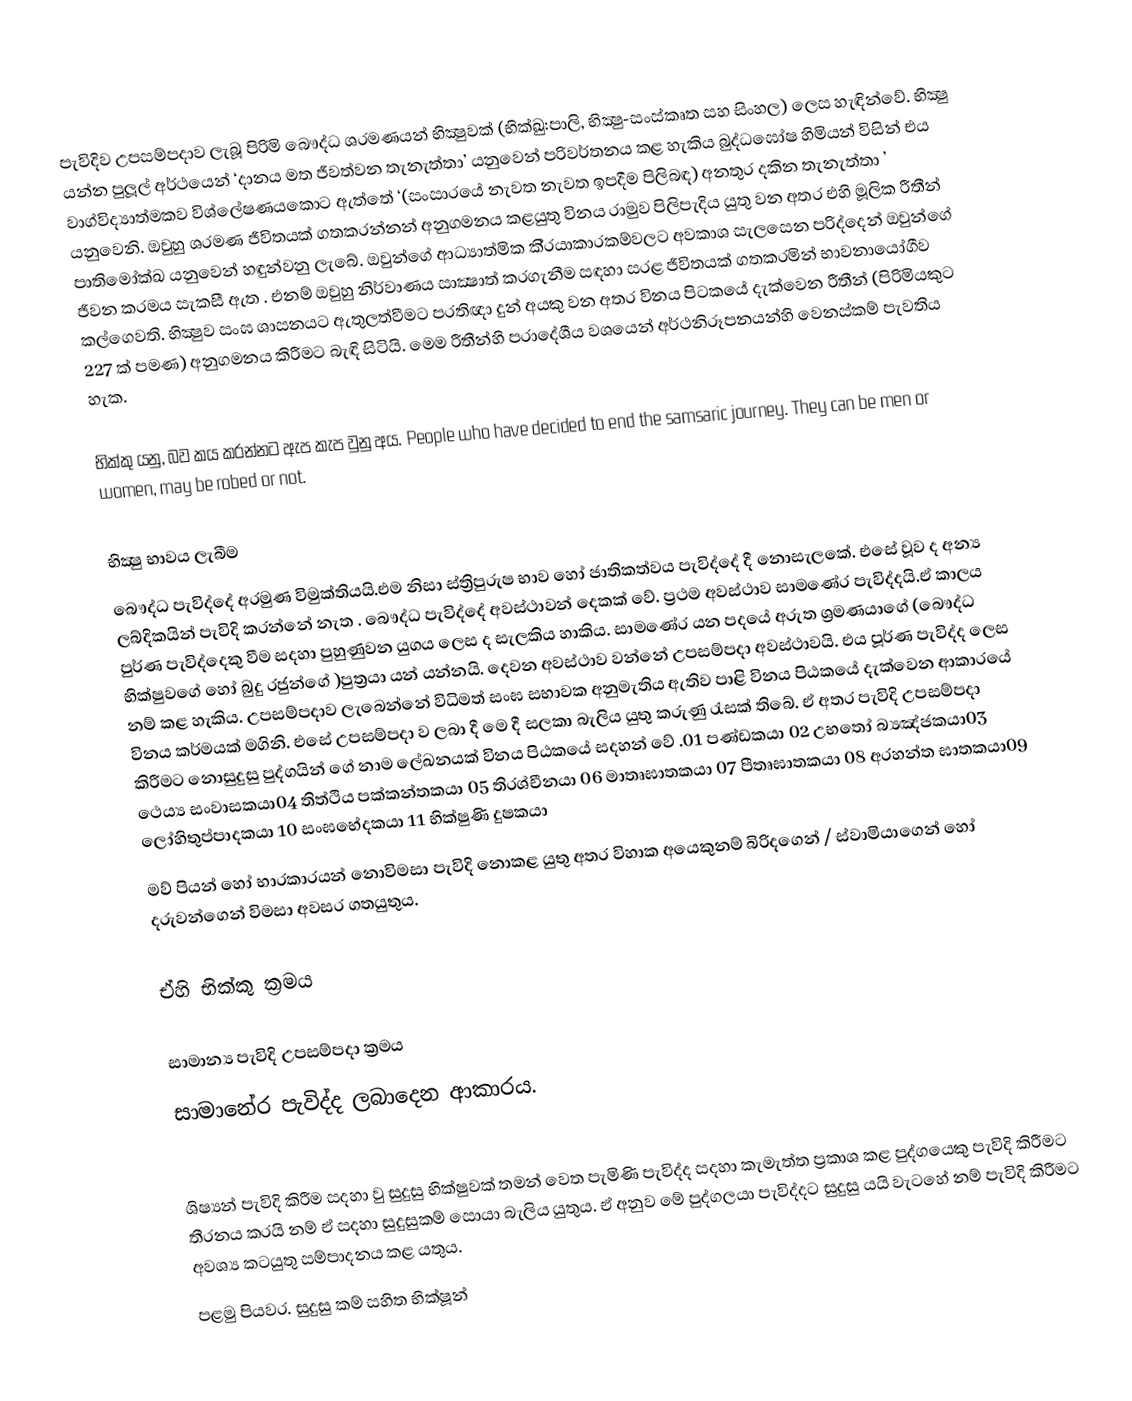
පැවිදිව උපසම්පදාව ලැබූ  පිරිමි බෞද්ධ ශ‍්‍රමණයන් භික්‍ෂුවක් (භික්ඛු:පාලි,  භික්‍ෂු-සංස්කෘත සහ සිංහල) ලෙස හැඳින්වේ. භික්‍ෂු යන්න පුලූල් අර්ථයෙන් ‘දානය මත ජීවත්වන තැනැත්තා’ යනුවෙන් පරිවර්තනය කළ හැකිය බුද්ධඝෝෂ හිමියන් විසින් එය වාග්විද්‍යාත්මකව විශ්ලේෂණයකොට ඇත්තේ ‘(සංසාරයේ නැවත නැවත ඉපදීම පිලිබඳ) අනතුර දකින තැනැත්තා ’ යනුවෙනි. ඔවුහු ශ‍්‍රමණ ජීවිතයක් ගතකරන්නන් අනුගමනය කළයුතු විනය රාමුව පිලිපැදිය යුතු වන අතර එහි මූලික රීතීන් පාතිමෝක්ඛ යනුවෙන් හඳුන්වනු ලැබේ. ඔවුන්ගේ ආධ්‍යාත්මික කි‍්‍රයාකාරකම්වලට අවකාශ සැලසෙන පරිද්දෙන් ඔවුන්ගේ ජීවන ක‍්‍රමය සැකසී ඇත . එනම් ඔවුහු නිර්වාණය සාක්‍ෂාත් කරගැනීම සඳහා සරළ ජීවිතයක් ගතකරමින් භාවනායෝගීව කල්ගෙවති. භික්‍ෂුව සංඝ ශාසනයට ඇතුලත්වීමට ප‍්‍රතිඥා දුන් අයකු වන අතර විනය පිටකයේ දැක්වෙන රීතීන් (පිරිමියකුට 227 ක් පමණ) අනුගමනය කිරීමට බැඳි සිටියි. මෙම රීතීන්හි ප‍්‍රාදේශීය වශයෙන් අර්ථනිරූපනයන්හි වෙනස්කම් පැවතිය හැක.

භික්කු යනු, බව කය කරන්නට ඇප කැප වුනු අය. People who have decided to end the samsaric journey. They can be men or women, may be robed or not.

භික්‍ෂු භාවය ලැබීම
බෞද්ධ පැවිද්දේ අරමුණ විමුක්තියයි.එම නිසා ස්ත්‍රිපුරුෂ භාව හෝ ජාතිකත්වය  පැවිද්දේ දී නොසැලකේ. එසේ වූව ද අන්‍ය ලබ්දිකයින් පැවිදි කරන්නේ නැත . බෞද්ධ පැවිද්දේ අවස්ථාවන් දෙකක් වේ. ප්‍රථම අවස්ථාව සාමණේර පැවිද්දයි.ඒ  කාලය පුර්ණ පැවිද්දෙකු වීම සදහා පුහුණුවන යුගය ලෙස ද සැලකිය හාකිය. සාමණේර  යන පදයේ අරුත ශ්‍රමණයාගේ (බෞද්ධ භික්ෂුවගේ හෝ බුදු රජුන්ගේ )පුත්‍රයා යන් යන්නයි.  දෙවන අවස්ථාව වන්නේ උපසම්පදා  අවස්ථාවයි. එය පූර්ණ පැවිද්ද ලෙස නම් කළ හැකිය. උපසම්පදාව ලැබෙන්නේ විධිමත් සංඝ සභාවක අනුමැතිය ඇතිව  පාළි විනය පිඨකයේ දැක්වෙන ආකාරයේ විනය කර්මයක් මගිනි. එසේ උපසම්පදා ව ලබා දී මෙ දී සලකා බැලිය යුතු කරුණු රැසක් තිබේ. ඒ අතර පැවිදි උපසම්පදා  කිරීමට නොසුදුසු පුද්ගයින් ගේ නාම ලේඛනයක්  විනය පිඨකයේ සදහන් වේ .01 පණ්ඩකයා 02 උභතෝ බ්‍යඤ්ජකයා03 ථෙය්‍ය සංවාසකයා04 තිත්ථිය පක්කන්තකයා 05    තිරශ්චීනයා 06 මාතෘඝාතකයා 07  පීතෘඝාතකයා 08 අරහන්ත ඝාතකයා09 ලෝහිතුප්පාදකයා 10 සංඝභේදකයා 11 භික්ෂුණි දුෂකයා
මව් පියන් හෝ භාරකාරයන් නොවිමසා පැවිදි නොකළ යුතු අතර විහාක අයෙකුනම් බිරිදගෙන් / ස්වාමියාගෙන්   හෝ දරුවන්ගෙන් විමසා අවසර ගතයුතුය.

ඒහි භික්කු ක්‍රමය

සාමාන්‍ය පැවිදි උපසම්පදා ක්‍රමය
 සාමානේර පැවිද්ද ලබාදෙන ආකාරය.

  ශිෂ්‍යන් පැවිදි කිරීම සදහා වු සුදුසු භික්ෂුවක්  තමන් වෙත පැමිණි  පැවිද්ද සදහා කැමැත්ත ප්‍රකාශ කළ පුද්ගයෙකු  පැවිදි කිරීමට තීරනය කරයි නම්  ඒ සදහා සුදුසුකම් සොයා බැලිය යුතුය. ඒ අනුව මේ පුද්ගලයා පැවිද්දට සුදුසු යයි වැටහේ නම් පැවිදි කිරීමට අවශ්‍ය කටයුතු සම්පාදනය කළ යතුය.
පළමු පියවර. සුදුසු කම් සහිත  භික්ෂූන්